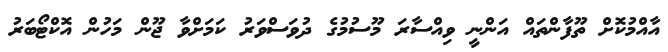
އާއްމުކޮށް ތޫފާންތައް އަންނީ ވިއްސާރަ މޫސުމުގެ ދުވަސްވަރު ކަމަށްވާ ޖޫން މަހުން އޮކްޓޯބަރު